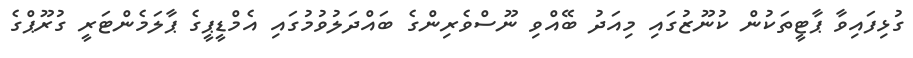
ގުޅިފައިވާ ޕާޓީތަކުން ކުނޫޒުގައި މިއަދު ބޭއްވި ނޫސްވެރިންގެ ބައްދަލުވުމުގައި އެމްޑީޕީގެ ޕާލަމެންޓަރީ ގުރޫޕްގެ